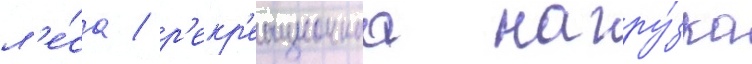
л'е́са / р'екр'еационнаа нагру́зка